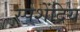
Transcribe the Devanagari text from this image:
स्पशेंद्रिय